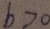
b > 0